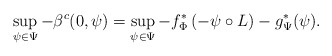
\begin{align*}\sup_{\psi\in\Psi} - \beta^c (0,\psi) =\sup_{\psi\in\Psi} -f^*_\Phi \left(- \psi\circ L \right) -g^{*}_\Psi (\psi).\end{align*}